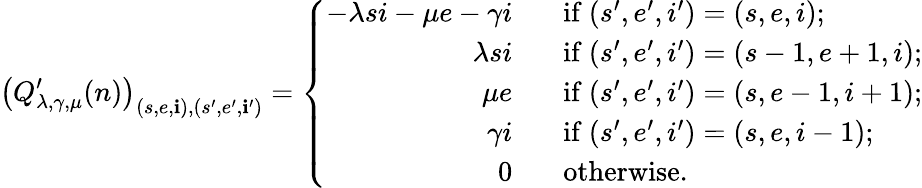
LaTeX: \left(Q_{\lambda,\gamma,\mu}^{\prime}(n)\right)_{(s,e,\mathbf{i}),(s^{\prime},e^{\prime},\mathbf{i}^{\prime})}=\left\{ \begin{array}{ll}{\begin{array}{rl}{-\lambda si-\mu e-\gamma i\; \; }&{\mathrm{~if~}(s^{\prime},e^{\prime},i^{\prime})=(s,e,i);}\\ {\lambda si\; \; }&{\mathrm{~if~}(s^{\prime},e^{\prime},i^{\prime})=(s-1,e+1,i);}\\ {\mu e\; \; }&{\mathrm{~if~}(s^{\prime},e^{\prime},i^{\prime})=(s,e-1,i+1);}\\ {\gamma i\; \; }&{\mathrm{~if~}(s^{\prime},e^{\prime},i^{\prime})=(s,e,i-1);}\\ {0\; \; }&{\mathrm{~otherwise.}}\end{array}}\end{array}\right.